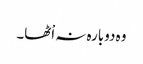
وہ دوبارہ نہ اْٹھا۔